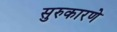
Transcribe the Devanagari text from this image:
सुरुकारणे